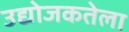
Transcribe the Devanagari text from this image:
उद्योजकतेला